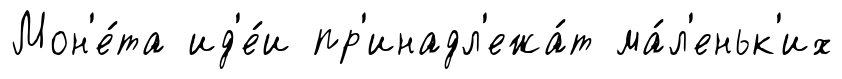
Мон'е́та ид'е́и пр'инадл'ежа́т ма́л'еньк'их